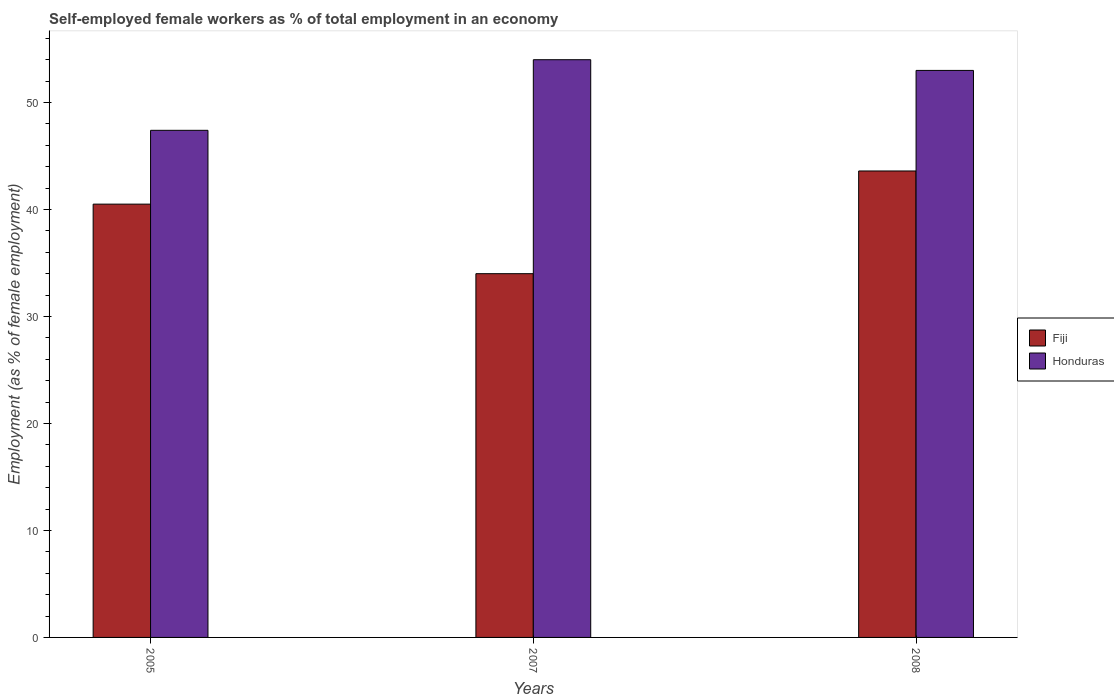
| Years | Fiji | Honduras |
 | --- | --- | --- |
 | 2005 | 40.5 | 47.4 |
 | 2007 | 34 | 54 |
 | 2008 | 43.6 | 53 |